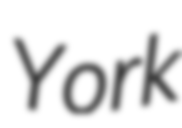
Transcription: York